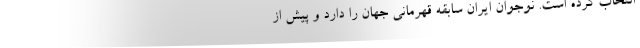
انتخاب کرده است. نوجوان ایران سابقه قهرمانی جهان را دارد و پیش از